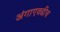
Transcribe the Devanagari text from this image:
अंगाएवढीच